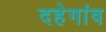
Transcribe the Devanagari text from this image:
दहेगांव